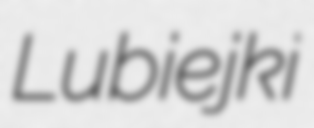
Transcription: Lubiejki